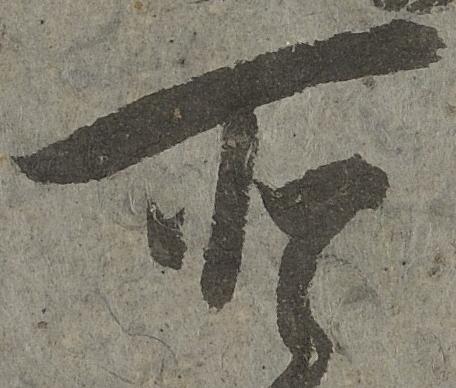
所